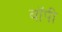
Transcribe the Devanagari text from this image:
बॉपी